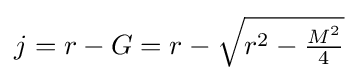
{}j=r-G=r-{\sqrt {r^{2}-{\tfrac {M^{2}}{4}}}}